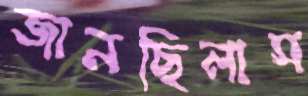
জানছিলাম